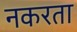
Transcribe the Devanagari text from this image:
नकरता